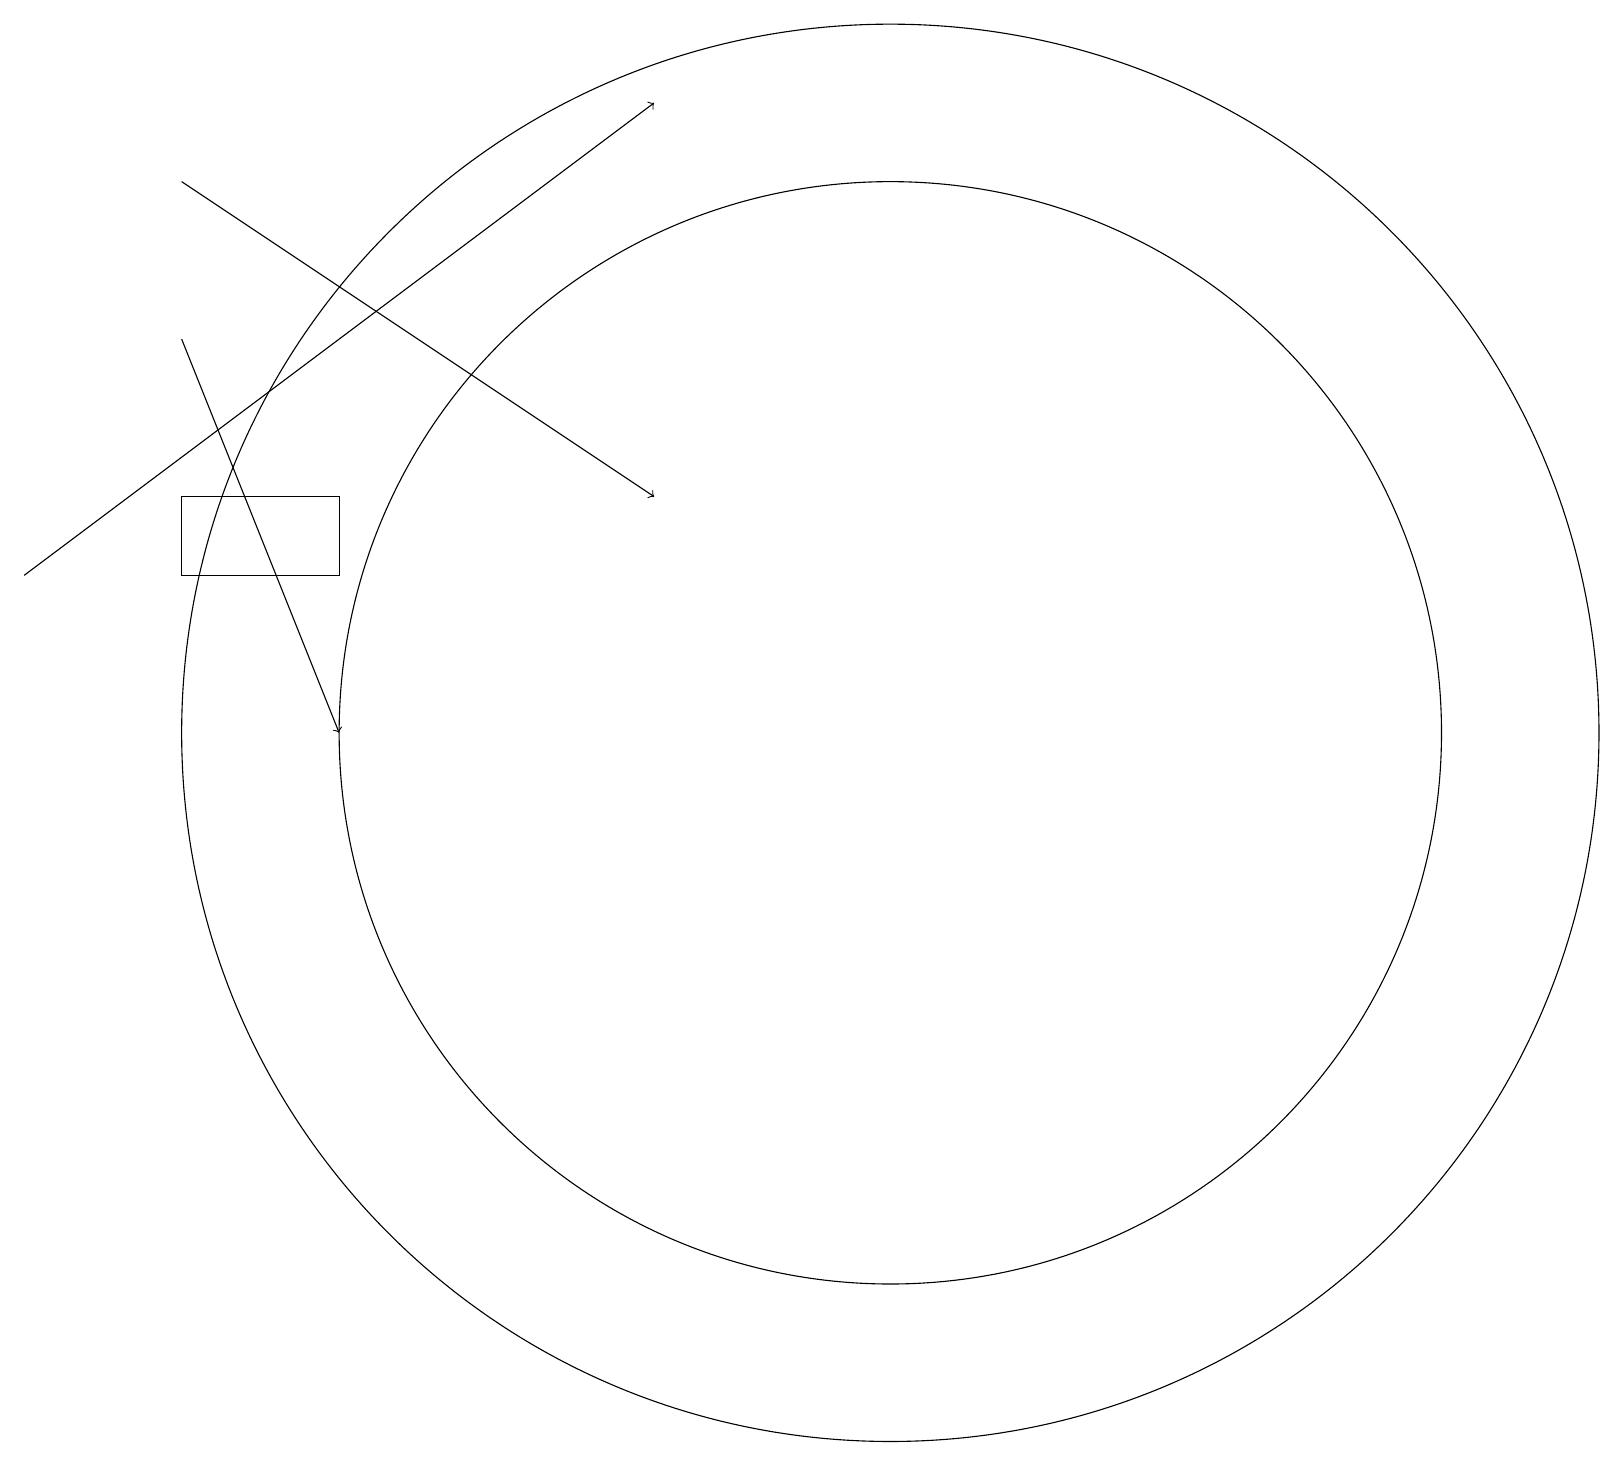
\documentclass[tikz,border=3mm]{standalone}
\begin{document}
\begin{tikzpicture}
\draw (11,10) circle (9);
\draw (12,10) circle (0);
\draw[->] (2,17) -- (8,13);
\draw[->] (0,12) -- (8,18);
\draw (2,13) rectangle (4,12);
\draw[->] (2,15) -- (4,10);
\draw (11,10) circle (7);
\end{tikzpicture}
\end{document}